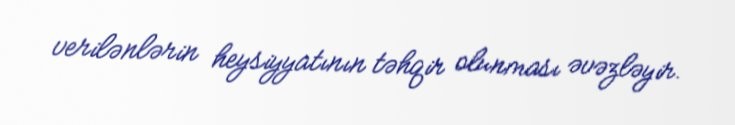
verilənlərin heysiyyatının təhqir olunması əvəzləyir.